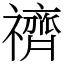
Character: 䄢